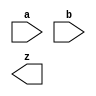
module wallace_tree24 (a, b, z);
    input [23:0]  a, b;
    output [47:0] z;

    
endmodule